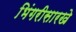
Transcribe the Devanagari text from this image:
भिंगरीसारखे